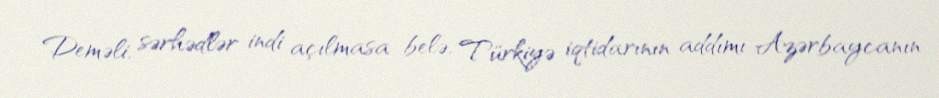
Deməli, sərhədlər indi açılmasa belə, Türkiyə iqtidarının addımı Azərbaycanın